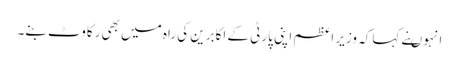
انہوںنے کہاکہ وزیر اعظم اپنی پارٹی کے اکابرین کی راہ میں بھی رکاوٹ بنے۔